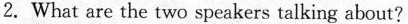
2. What are the two speakers talking about?